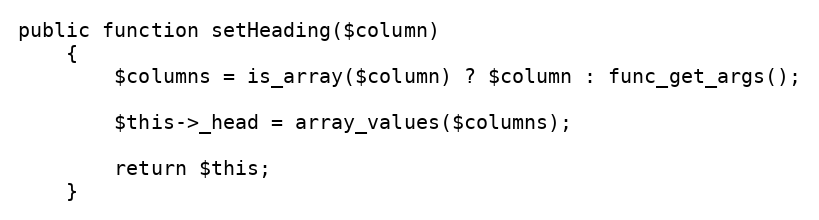
Language: PHP
public function setHeading($column)
    {
        $columns = is_array($column) ? $column : func_get_args();

        $this->_head = array_values($columns);

        return $this;
    }